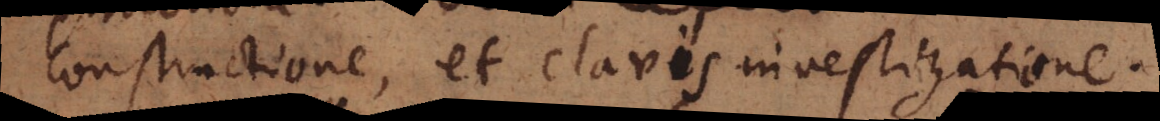
constructione, et clavis investigatione.